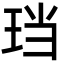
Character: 珰